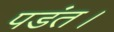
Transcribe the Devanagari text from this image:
पडंत।